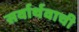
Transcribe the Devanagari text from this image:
सर्वार्थवाची